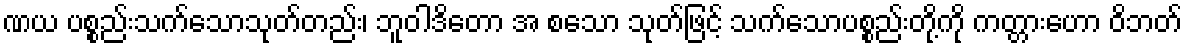
ဏယ ပစ္စည်းသက်သောသုတ်တည်း၊ ဘူဝါဒိတော အ စသော သုတ်ဖြင့် သက်သောပစ္စည်းတို့ကို ကတ္တားဟော ဝိဘတ်